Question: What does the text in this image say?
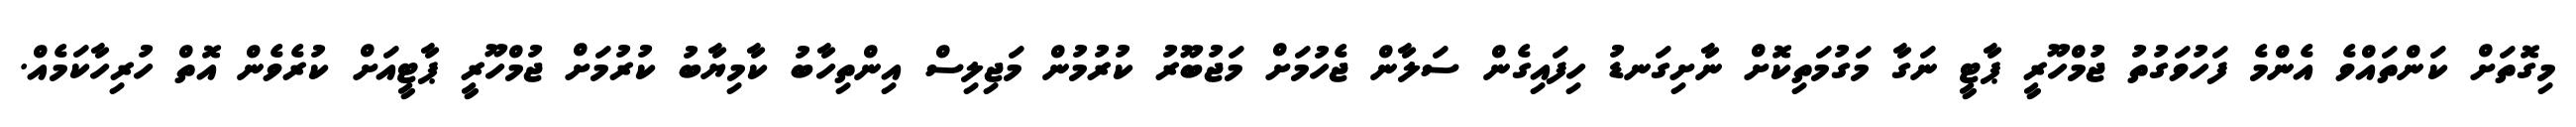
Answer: މިގޮތަށް ކަންތައްވެ އެންމެ ފަހުވަގުތު ޖުމްހޫރީ ޕާޓީ ނަގާ މަގުމަތިކޮށް ނާށިގަނޑު ހިފައިގެން ސަލާން ޖެހުމަށް މަޖުބޫރު ކުރުމުން މަޖިލިސް އިންތިހާބު ކާމިޔާބު ކުރުމަށް ޖުމްހޫރީ ޕާޓީއަށް ކުރެވެން އޮތް ހުރިހާކަމެއް.